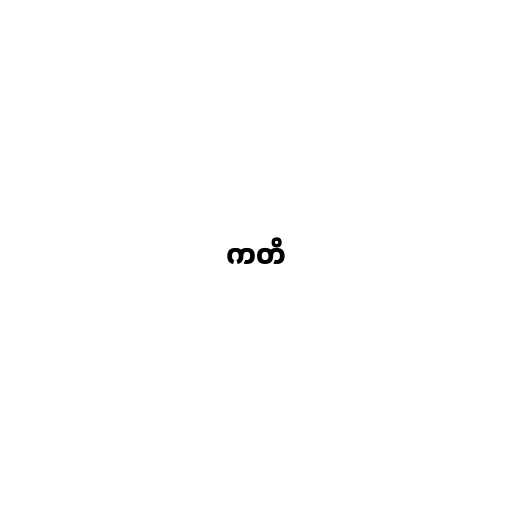
ကတိ